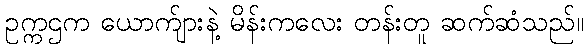
ဥက္ကဌက ယောက်ျားနဲ့ မိန်းကလေး တန်းတူ ဆက်ဆံသည်။